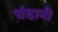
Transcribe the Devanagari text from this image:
चंदानी